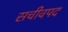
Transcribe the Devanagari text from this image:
सचीवपद